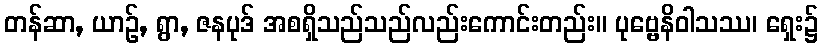
တန်ဆာ, ယာဉ်, ရွာ, ဇနပုဒ် အစရှိသည်သည်လည်းကောင်းတည်း။ ပုဗ္ဗေနိဝါသဿ၊ ရှေး၌